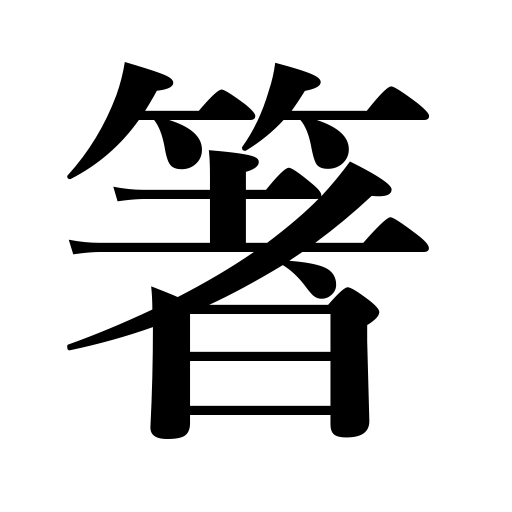
Meanings: chopsticks